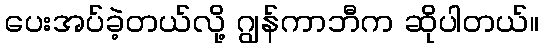
ပေးအပ်ခဲ့တယ်လို့ ဂျွန်ကာဘီက ဆိုပါတယ်။